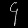
Digit: ၄